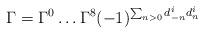
\begin{align*}\Gamma=\Gamma^{0}\ldots\Gamma^{8}(-1)^{\sum_{n>0}d^{i}_{-n}d^{i}_{n}}\end{align*}